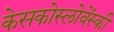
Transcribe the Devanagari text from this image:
केसकोस्लोवेंस्की